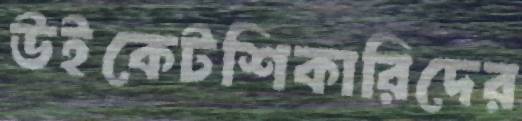
উইকেটশিকারিদের